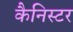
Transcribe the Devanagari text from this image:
कैनिस्टर